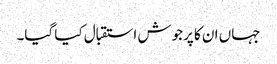
جہاں ان کا پرجوش استقبال کیا گیا۔